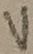
Text: V